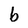
Character: b